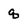
Character: q